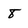
Character: 8